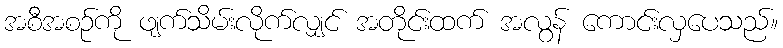
အစီအစဉ်ကို ဖျက်သိမ်းလိုက်လျှင် အတိုင်းထက် အလွန် ကောင်းလှပေသည်။